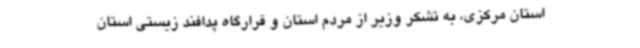
استان مرکزی، به تشکر وزیر از مردم استان و قرارگاه پدافند زیستی استان